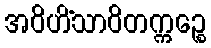
အဝိဟိံသာဝိတက္ကဉ္စေ